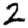
Digit: 2